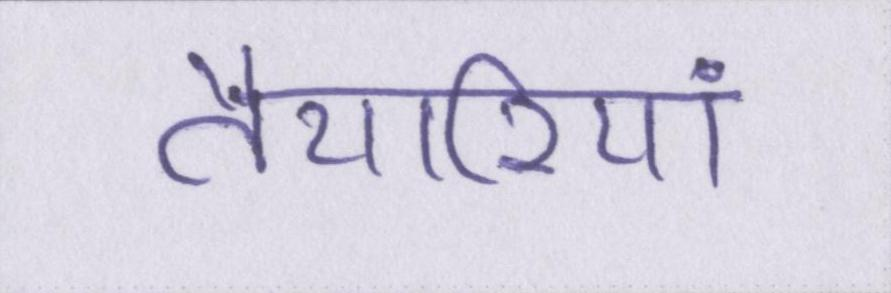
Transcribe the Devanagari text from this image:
तैयारियां